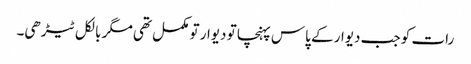
رات کو جب دیوار کے پاس پہنچا تو دیوار تو مکمل تھی مگر بالکل ٹیڑھی۔